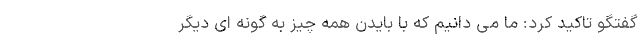
گفتگو تاکید کرد: ما می دانیم که با بایدن همه چیز به گونه ای دیگر